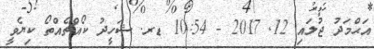
އަޙްމަދު ޖުލައި 12